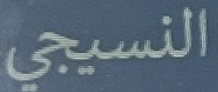
النسیجي